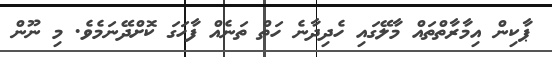
ޕާކިން އިމާރާތްތައް މާލޭގައި ހެދިދާނެ ހަތް ތަނެއް ފާހަގަ ކޮށްދޭނަމެވެ. މި ނޫން